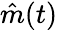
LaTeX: \hat{m}(t)